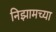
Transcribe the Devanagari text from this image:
निझामच्या